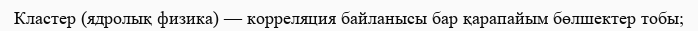
Кластер (ядролық физика) — корреляция байланысы бар қарапайым бөлшектер тобы;